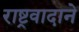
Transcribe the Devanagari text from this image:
राष्ट्रवादाने